Report on vaccination in the Province of Bengal - 1869-1873
Year: 1869
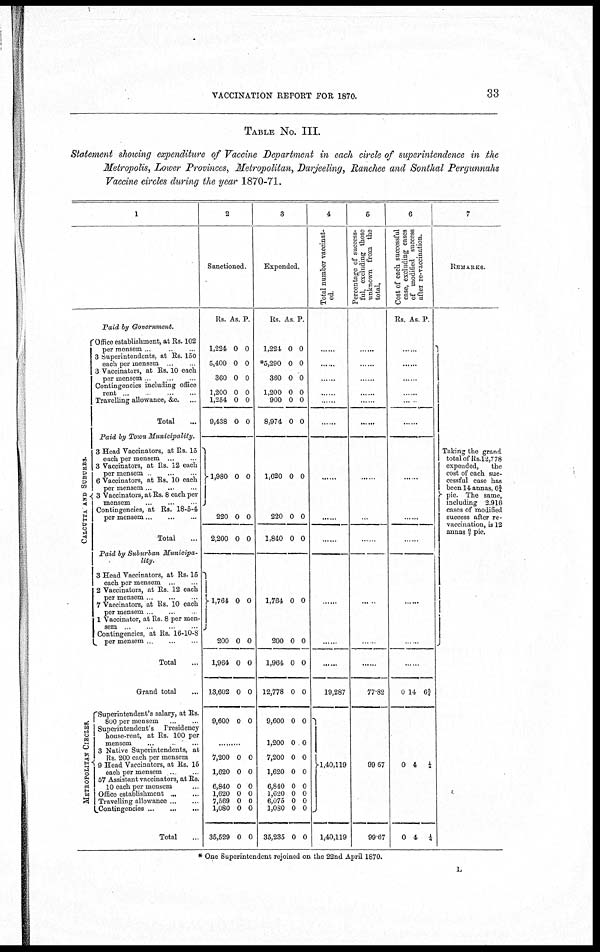
VACCINATION REPORT FOR 1870.
33
TABLE No. III.
Statement showing expenditure of Vaccine Department in each circle of superintendence in the
Metropolis, Lower Provinces, Metropolitan, Darjeeling, Ranchee and Sonthal Pergunnahs
Vaccine circles during the year 1870-71.
1
Paid by Government.
C AL C UT T A AND S UBURBS .
METROPOLITAN CIRCLES.
Office establishment, at Rs. 102
per mensem . .
3 Superintendents, at Rs. 150
each per mensem ..
3 Vaccinators, at Rs. 10 each
per mensem
Contingencies including office
rent ...
Travelling allowance, &c. ...
Total ...
Paid by Town
Municipality.
3 Head Vaccinators, at Rs. 15
each per mensem ...
3 Vaccinators, at Rs. 12 each
per mensem ... ...
6 Vaccinators, at Rs. 10 each
per mensem .. ... ...
3 Vaccinators, at Rs. 8 each per
mensem ... ...
Contingencies, at Rs. 18-5-4
per mensem ... ... ...
Total ...
Paid by Suburban Municipa¬
lity.
3 Head Vaccinators, at Rs. 15
each per mensem ...
2 Vaccinators, at Rs. 12 each
per mensem . ...
7 Vaccinators, at Rs. 10 each
per mensem . ...
1 Vaccinator, at Rs. 8 per men-
sem ... ... ...
Contingencies, at Rs. 16-10-8
per mensem . ... ...
Total ...
Grand total ...
Superintendent's salary, at Rs.
800 per mensem
...
...
Superintendent's
Presidency
house-rent, at Rs. 100 per
mensem ... ...
3 Native Superintendents, at
Rs 200 each per mensem
9 Head Vaccinators, at Rs. 15
each per mensem .. ...
57 Assistant vaccinators, at Rs.
10 each per mensem ...
Office establishment ... ...
Travelling allowance ... ...
Contingencies
...
...
...
Total ...
2
Sanctioned.
Rs.
1,224
5,400
360
1,200
1,254
9,438
As.
0
0
0
0
0
0
P.
0
0
0
0
0
0
1,980
220
2,200
0
0
0
0
0
0
1,764
200
1,964
13,602
9,600
0
0
0
0
0
0
0
0
0
0
.........
7,200
1,620
6,840
1,620
7,569
1,080
35,529
0
0
0
0
0
0
0
0
0
0
0
0
0
0
3
Expended.
Rs.
1,224
*5,290
360
1,200
900
8,974
As.
0
0
0
0
0
0
P.
0
0
0
0
0
0
1,620
220
1,840
0
0
0
0
0
0
1,764
200
1,964
12,778
9,600
1,200
7,200
1,620
6,840
1,620
6,075
1,080
35,235
0
0
0
0
0
0
0
0
0
0
0
0
0
0
0
0
0
0
0
0
0
0
0
0
0
0
4
Total number vaccinat-
ed.
......
......
......
......
......
......
......
......
......
......
......
......
19,287
1,40,119
1,40,119
5
Percentage of success-
ful, excluding those
unknown from the
total.
......
......
......
......
......
......
......
......
......
......
......
......
77.82
99.67
99.67
6
Cost of each successful
case, excluding cases
of modified success
after re-vaccination.
Rs. As. P.
......
......
......
......
......
......
......
......
......
......
0
0
0
14
4
4
6¾
¼
¼
7
REMARKS.
Taking the grand
total of Rs.12,778
expended,
the
cost of each suc-
cessful case has
been 114 annas, 6¾
pie. The same,
including 2,916
cases of modified
success after re¬
vaccination, is 12
annas 6/7 pie.
* One Superintendent rejoined on the 22nd April 1870.
L